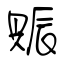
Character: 賑